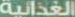
الغذائية